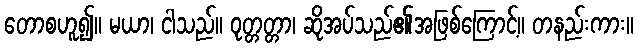
တောစဟူ၍။ မယာ၊ ငါသည်။ ဝုတ္တတ္တာ၊ ဆိုအပ်သည်၏အဖြစ်ကြောင့်။ တနည်းကား။